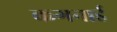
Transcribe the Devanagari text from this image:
कगनार्ड